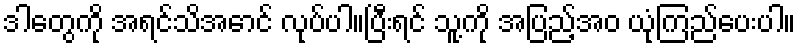
ဒါတွေကို အရင်သိအောင် လုပ်ပါ။ပြီးရင် သူ့ကို အပြည့်အဝ ယုံကြည်ပေးပါ။